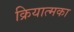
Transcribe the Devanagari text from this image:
क्रियात्मका